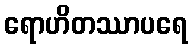
ရောဟိတဿာပရေ